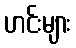
ဟင်းများ